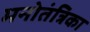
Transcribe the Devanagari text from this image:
मनोतंत्रिका